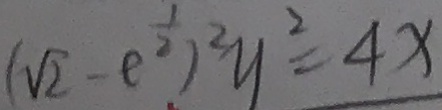
( \sqrt { 2 } - e ^ { \frac { 1 } { 2 } } ) ^ { 3 } y ^ { 2 } = 4 x